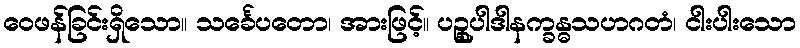
ဝေဖန်ခြင်းရှိသော။ သင်္ခေပတော၊ အားဖြင့်။ ပဉ္စုပါဒါနက္ခန္ဓသဟဂတံ၊ ငါးပါးသော